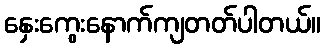
နှေးကွေးနောက်ကျတတ်ပါတယ်။